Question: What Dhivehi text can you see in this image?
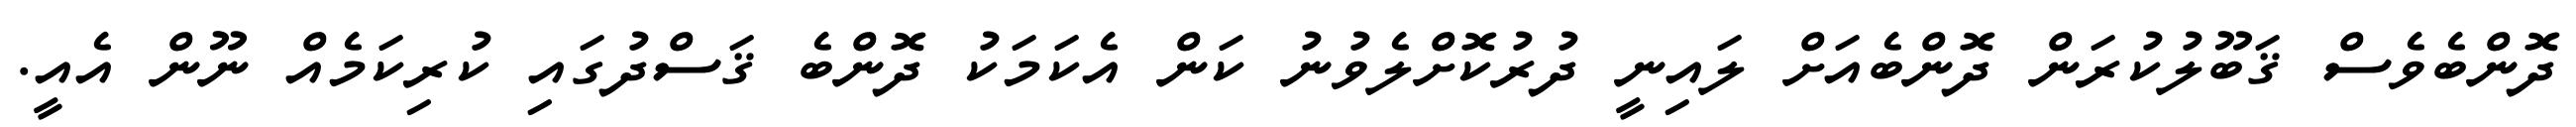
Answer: ދޮންބެވެސް ޤަބޫލުކުރަން ދޮންބެއަށް ލައިނީ ދުރުކޮށްލެވުނު ކަން އެކަމަކު ދޮންބެ ޤަސްދުގައި ކުރިކަމެއް ނޫން އެއީ.